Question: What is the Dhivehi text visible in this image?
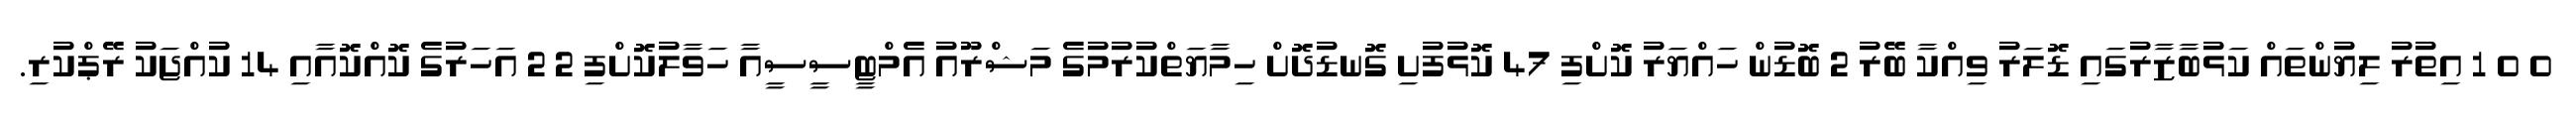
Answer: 0 0 1 އިތުރު ލިޔުންތައް ކަޅުބާޒާރުގައި ޑޮލަރު ވިއްކާ ބޭރު 2 ބޮޑުން ހައްޔަރު ކޮށްފި 47 ކޮޅުފުށި ގޮނޑުދޮށް ހިމާޔަތްކުރުމުގެ މަޝްރޫއު އެމްޓީސީސީއާ ހަވާލުކޮށްފި 2 2 އަހަރުގެ ކޮއްކޮއާއި 14 ކުއްޖަކު ރޭޕްކުރި.